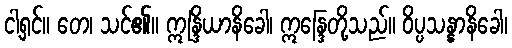
ငါ့ရှင်။ တေ၊ သင်၏။ ဣန္ဒြိယာနိခေါ၊ ဣန္ဒြေတို့သည်။ ဝိပ္ပသန္နာနိခေါ၊